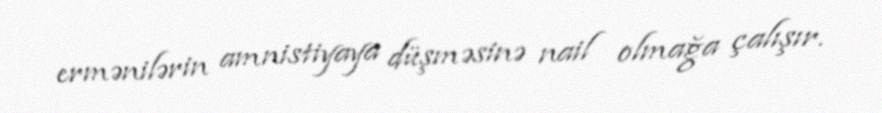
ermənilərin amnistiyaya düşməsinə nail olmağa çalışır.